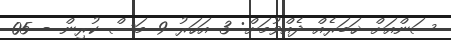
ސަންއަށް ޚަބަރެއް ދެއްވުމަށް: 3 އަހަރު 9 މަސް ކުރިން - 05